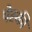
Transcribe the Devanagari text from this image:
पेस्की